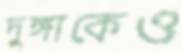
দুঙ্গাকেও